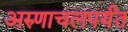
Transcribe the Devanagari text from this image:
अरुणाचलपर्यंत